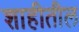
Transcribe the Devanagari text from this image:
शाहीतील